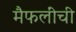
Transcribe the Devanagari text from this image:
मैफलींची